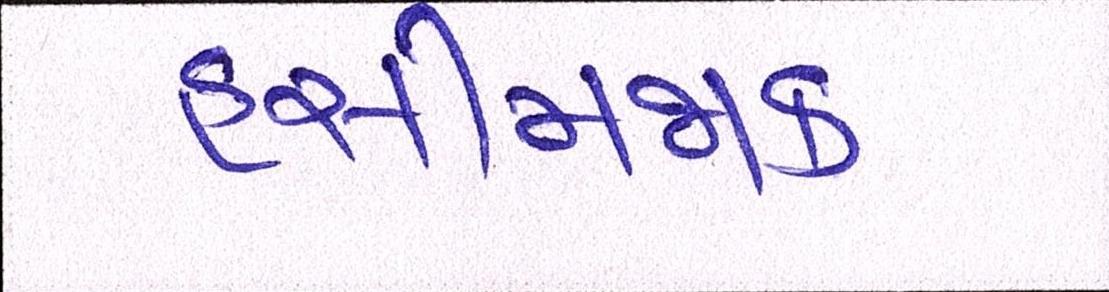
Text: હસીમજાક